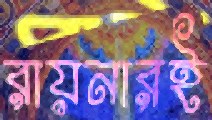
রায়নারই